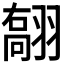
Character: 𦑽